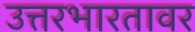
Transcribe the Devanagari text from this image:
उत्तरभारतावर